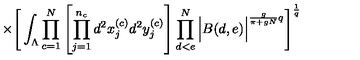
\times \Bigg [ \int _ { \Lambda } \prod _ { c = 1 } ^ { N } \left[ \prod _ { j = 1 } ^ { n _ { c } } d ^ { 2 } x _ { j } ^ { ( c ) } d ^ { 2 } y _ { j } ^ { ( c ) } \right] \prod _ { d < e } ^ { N } \Big | B ( d , e ) \Big | ^ { \frac { g } { \pi + g N } q } \Bigg ] ^ { \frac { 1 } { q } }